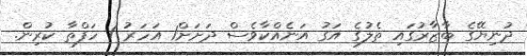
ދުނިޔޭގެ ބާޒާރުގައި ތެލުގެ އަގު އަނެއްކާވެސް ދަށަށް1 އަހަރު 1 ހަފްތާ ކުރިން.